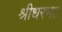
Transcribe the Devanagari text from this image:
श्रीधरभट